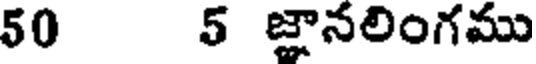
50 5 జ్ఞానలింగము